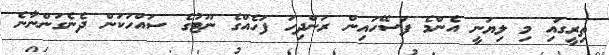
ތިރީގައި މި ލިޔަނީ އެންމެ ފަސޭހައިން ރަންދިހަ ފަހެއްގެ ނޫޓުގެ ސައްހަކަން ދެނެގަންނާނެ